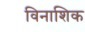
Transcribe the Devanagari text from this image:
विनाशिक